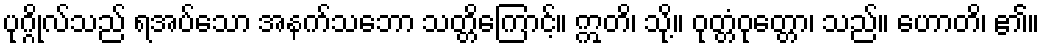
ပုဂ္ဂိုလ်သည် ရအပ်သော အနက်သဘော သတ္တိကြောင့်။ ဣတိ၊ သို့။ ဝုတ္တံဝုတ္တော၊ သည်။ ဟောတိ၊ ၏။